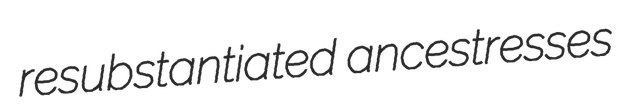
resubstantiated ancestresses